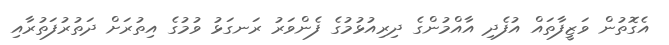
އެގޮތުން ވަޒީފާތައް އުފެދި އާއްމުންގެ ދިރިއުޅުމުގެ ފެންވަރު ރަނގަޅު ވުމުގެ އިތުރަށް ދަތުރުފަތުރާއި